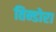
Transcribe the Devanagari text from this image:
तिन्डोरा